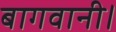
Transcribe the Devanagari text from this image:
बागवानी।